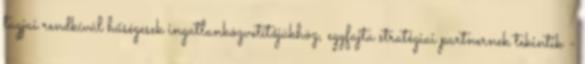
tagjai rendkívül hűségesek ingatlanközvetítőjükhöz, egyfajta stratégiai partnernek tekintik -